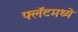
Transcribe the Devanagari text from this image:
फ्लॅटमध्ये